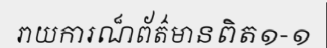
រាយការណ៏ព័ត៌មានពិត១-១